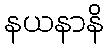
နယနာနိ